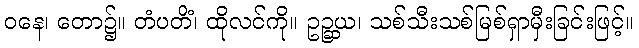
ဝနေ၊ တော၌။ တံပတိံ၊ ထိုလင်ကို။ ဥဉ္ဆယ၊ သစ်သီးသစ်မြစ်ရှာမှီးခြင်းဖြင့်။